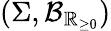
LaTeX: (\Sigma,\operatorname{\mathcal{B}}_{\mathbb{R}_{\geq 0}})